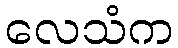
လေသံက